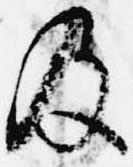
及